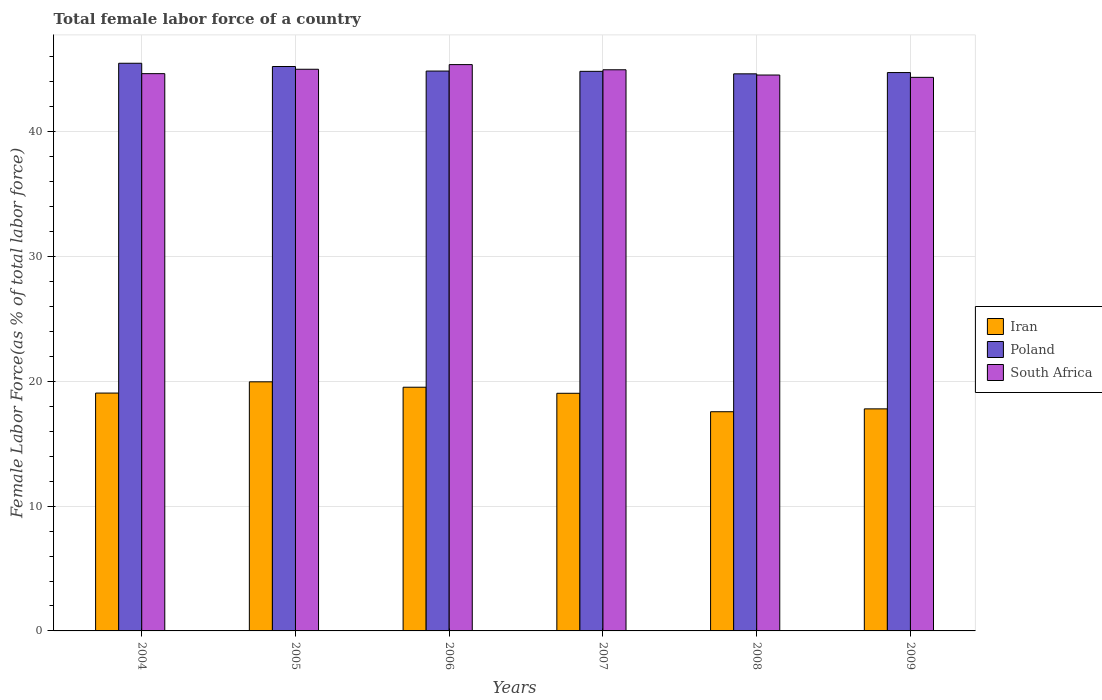
| Years | Iran | Poland | South Africa |
 | --- | --- | --- | --- |
 | 2004 | 19.1 | 45.5 | 44.7 |
 | 2005 | 20 | 45.2 | 45 |
 | 2006 | 19.5 | 44.9 | 45.4 |
 | 2007 | 19 | 44.8 | 45 |
 | 2008 | 17.6 | 44.6 | 44.5 |
 | 2009 | 17.8 | 44.7 | 44.4 |